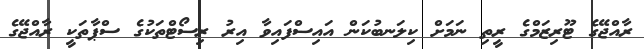
ރާއްޖޭގެ ޓޫރިޒަމްގެ ރީތި ނަމަށް ކިލަނބުކަން އައިސްފައިވާ އިރު ރިސޯޓްތަކުގެ ސްޕާތަކީ ރާއްޖޭގެ